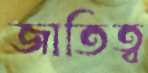
জাতিত্ব